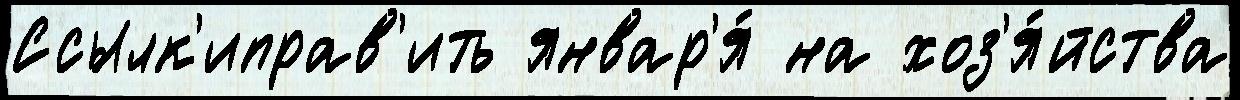
Ссылк'иправ'ить январ'я́ на хоз'я́йства